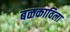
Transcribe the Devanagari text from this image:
बळकाविला